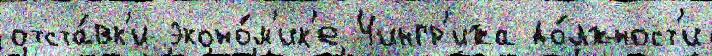
отста́вк'и эконо́м'ик'е Чингр'ижа до́лжност'и